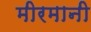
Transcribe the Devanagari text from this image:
मीरमानी